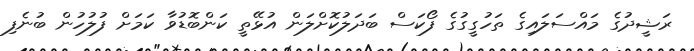
ރަޝީދުގެ މައްސަލައިގެ ތަހުގީގުގެ ފޯކަސް ބަދަލުކޮށްލަން އުޅޭތީ ކަންބޮޑުވާ ކަމަށް ފުލުހުން ބުނެފި